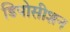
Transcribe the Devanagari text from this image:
डिपोसीशन